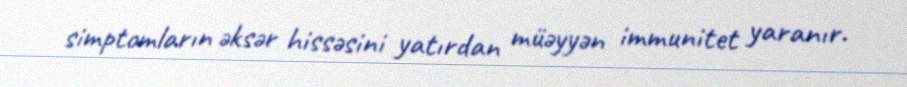
simptomların əksər hissəsini yatırdan müəyyən immunitet yaranır.